Problem: 7 × 5 = ?
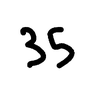
Handwritten answer: 35